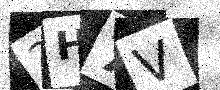
Text: 2H7V